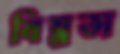
বিঘ্নতা